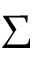
\Sigma